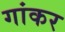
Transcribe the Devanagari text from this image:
गांकर